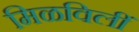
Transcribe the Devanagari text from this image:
मिळविलीं